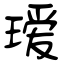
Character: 瑷